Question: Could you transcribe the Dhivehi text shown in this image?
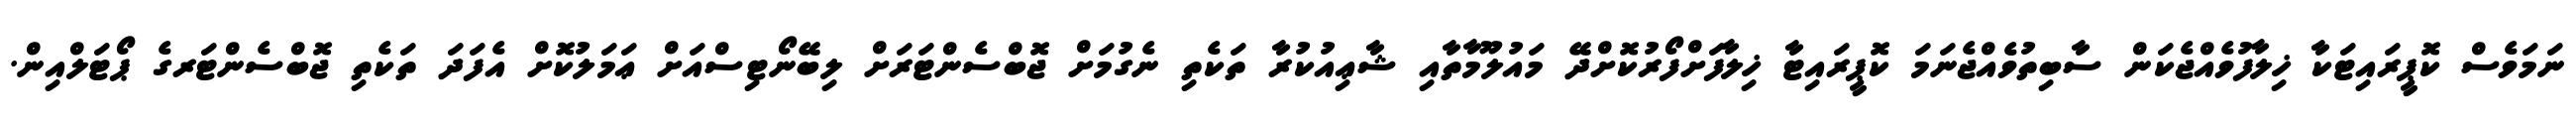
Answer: ނަމަވެސް ކޮޕީރައިޓަކާ ޚިލާފުވެއްޖެކަން ސާބިތުވެއްޖެނަމަ ކޮޕީރައިޓާ ޚިލާފަށްފޯރުކޮށްދޭ މައުލޫމާތާއި ޝާޢިއުކުރާ ތަކެތި ނެގުމަށް ޖޮބްސެންޓަރަށް ލިބޭނޯޓިސްއަށް ޢަމަލުކޮށް އެފަދަ ތަކެތި ޖޮބްސެންޓަރގެ ޕޯޓަލްއިން.